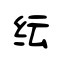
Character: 纭